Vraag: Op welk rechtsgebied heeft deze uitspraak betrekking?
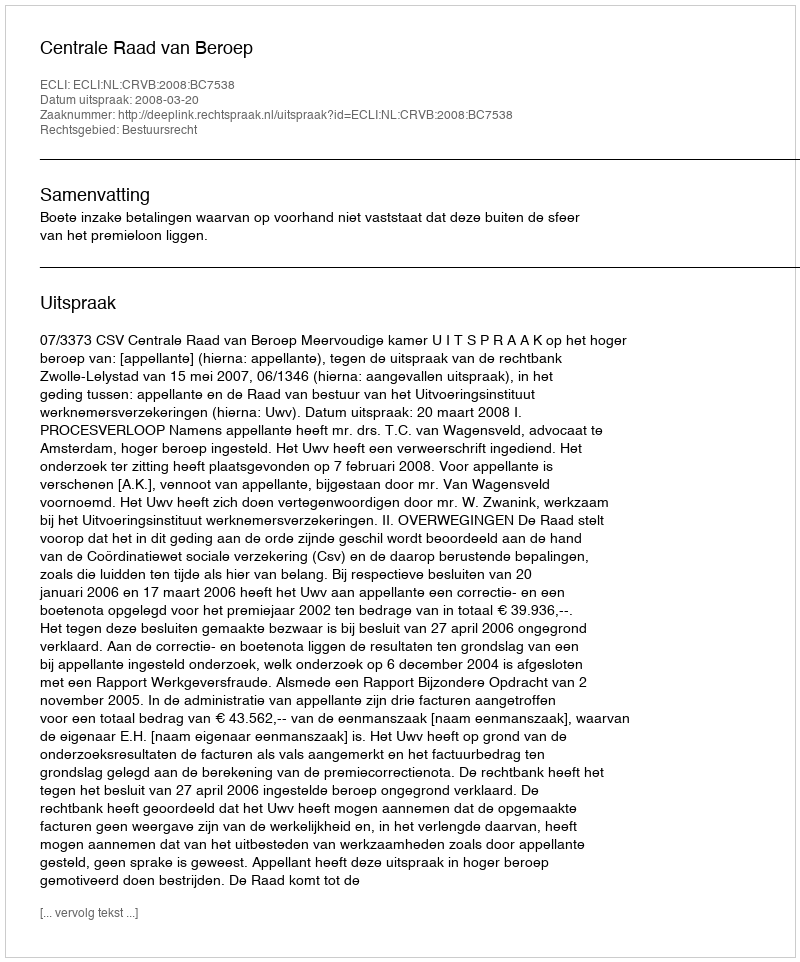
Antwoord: Bestuursrecht